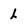
Character: L